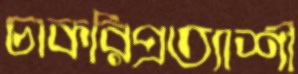
চাকরিপ্রত্যাশী